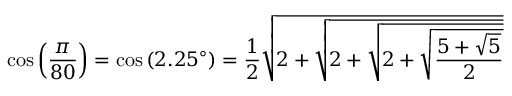
\cos \left( { \frac { \pi } { 8 0 } } \right) = \cos \left( 2 . 2 5 ^ { \circ } \right) = { \frac { 1 } { 2 } } { \sqrt { 2 + { \sqrt { 2 + { \sqrt { 2 + { \sqrt { \frac { 5 + { \sqrt { 5 } } } { 2 } } } } } } } } }